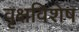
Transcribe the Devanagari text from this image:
वृक्षविशेष